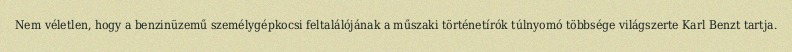
Nem véletlen, hogy a benzinüzemű személygépkocsi feltalálójának a műszaki történetírók túlnyomó többsége világszerte Karl Benzt tartja.